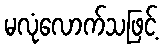
မလုံလောက်သဖြင့်